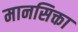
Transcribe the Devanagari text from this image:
मानसिक्ता